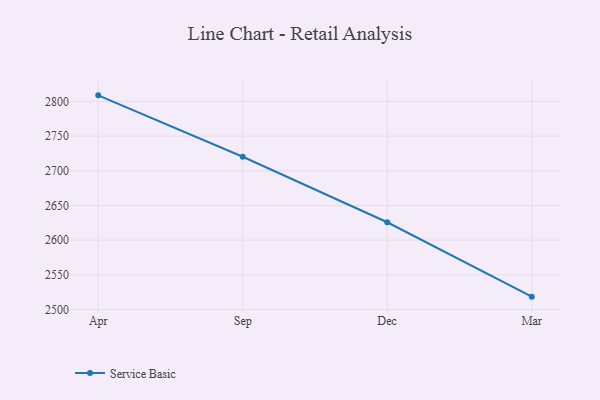
{"axis": {"x": "Month", "y": "Bounce Rate (%)"}, "legend": ["Service Basic"], "data": [{"x": "Apr", "y": 2808.8, "type": "Service Basic"}, {"x": "Sep", "y": 2720.3, "type": "Service Basic"}, {"x": "Dec", "y": 2625.8, "type": "Service Basic"}, {"x": "Mar", "y": 2518.5, "type": "Service Basic"}]}